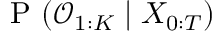
\mathrm { ~ P ~ } ( \mathcal { O } _ { 1 : K } \mid X _ { 0 : T } )